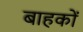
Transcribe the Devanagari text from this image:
बाहकों